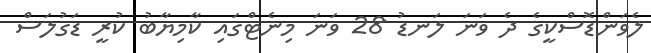
ލެވަންޑޮސްކީގެ ދެ ވަނަ ލަނޑު 28 ވަނަ މިނެޓްގައި ކާމިޔާބު ކުރީ ޑަގުލަސް